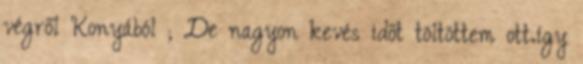
végről Konyából ; De nagyon kevés időt töltöttem ott.így